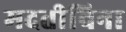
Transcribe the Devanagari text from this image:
मदतीविना